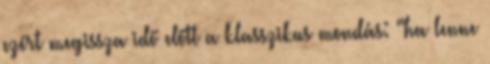
ezért megissza idő előtt a klasszikus mondás: "ha lenne